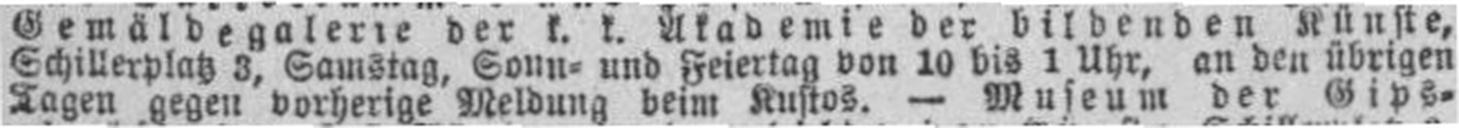
Tagen gegen vorherige Meldung beim Kustos. — Museum der Gips¬